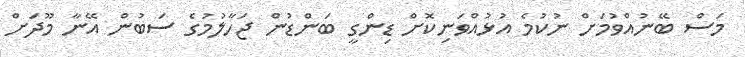
މަސް ބޭނުއްވުމަށް ނުކުމެ އުޅުއްވަނިކޮށް ޑިންގީ ބަންޑުން ޖަހާލުމުގެ ސަބުން އޭނާ މޫދަށް